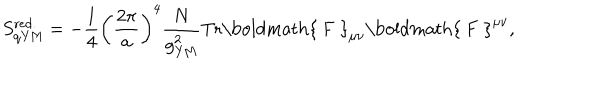
S _ { \mathrm { q Y M } } ^ { \mathrm { r e d . } } = - { \frac { 1 } { 4 } } \left( { \frac { 2 \pi } { a } } \right) ^ { 4 } { \frac { N } { g _ { \mathrm { Y M } } ^ { 2 } } } \mathrm { T r } { \mathrm { \boldmath { ~ F ~ } } } _ { \mu \nu } { \mathrm { \boldmath { ~ F ~ } } } ^ { \mu \nu } ,